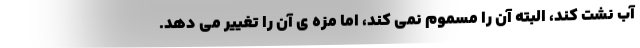
آب نشت کند، البته آن را مسموم نمی کند، اما مزه ی آن را تغییر می دهد.